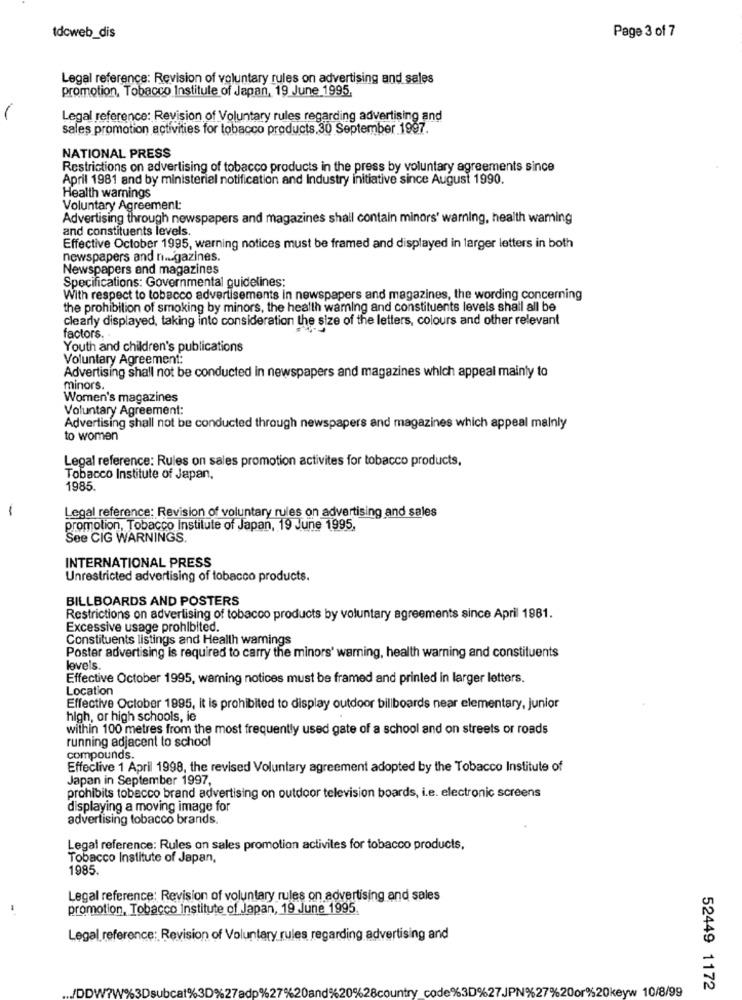
tdcweb_dis
Page 3 of 7
Legal reference: Revision of voluntary rules on advertising and sales
promotion, Tobacco Institule of Japan, 19 June 1995,
Legal reference: Revision of Voluntary rules regarding advertising and
sales promotion activities for tobacco products.30 September 1997.
NATIONAL PRESS
Restrictions on advertising of tobacco products in the press by voluntary agreements since
April 1981 and by ministerial notification and Industry initiative since August 1990.
Health warnings
Voluntary Agreement:
Advertising through newspapers and magazines shall contain minors' warning, health waming
and constituents levels.
Effective October 1995, warning notices must be framed and displayed in larger letters in both
newspapers and n ... gazines.
Newspapers and magazines
Specifications: Governmental guidelines:
With respect to tobacco advertisements in newspapers and magazines, the wording concerning
the prohibition of smoking by minors, the health waming and constituents levels shall all be
clearly displayed, taking into consideration the size of the letters, colours and other relevant
factors.
Youth and children's publications
Voluntary Agreement:
Advertising shall not be conducted in newspapers and magazines which appeal mainly to
minors.
Women's magazines
Voluntary Agreement:
Advertising shall not be conducted through newspapers and magazines which appeal mainly
to women
Legal reference: Rules on sales promotion activites for tobacco products,
Tobacco Institute of Japan,
1985.
-
Legal reference: Revision of voluntary rules on advertising and sales
promotion, Tobacco Institute of Japan, 19 June 1995,
See CIG WARNINGS.
INTERNATIONAL PRESS
Unrestricted advertising of tobacco products.
BILLBOARDS AND POSTERS
Restrictions on advertising of tobacco products by voluntary agreements since April 1981.
Excessive usage prohibited.
Constituents listings and Health warnings
Poster advertising is required to carry the minors' warning, health warning and constituents
levels.
Effective October 1995, warning notices must be framed and printed in larger letters.
Location
Effective October 1995, it is prohibited to display outdoor billboards near elementary, junior
high, or high schools, le
within 100 metres from the most frequently used gate of a school and on streets or roads
running adjacent to school
compounds.
Effective 1 April 1998, the revised Voluntary agreement adopted by the Tobacco Institute of
Japan in September 1997,
prohibits tobecco brand advertising on outdoor television boards, i.e. electronic screens
displaying a moving image for
advertising tobacco brands.
Legal reference: Rules on sales promotion activiles for tobacco products,
Tobacco Institute of Japan,
1985.
Legal reference: Revision of voluntary rules on advertising and sales
promotion, Tobacco Institute of Japan, 19 June 1995
Legal reference: Revision of Voluntary rules regarding advertising and
63D
20and%20%28country_code%3D%27JPN%27%20or%20keyw 10/8/99
52449 1172
DDW?W%3DS